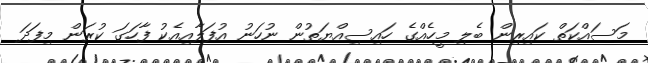
މަސައްކަތް ކައިރިން ބެލި މީހެއްގެ ހައިސިއްޔަތުން ނުހަނު އުފަލާއިއެކު ފާހަގަ ކުރަން މިފަދަ